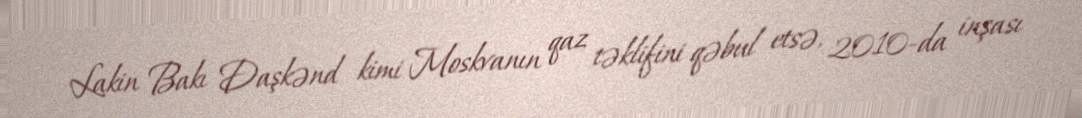
Lakin Bakı Daşkənd kimi Moskvanın qaz təklifini qəbul etsə, 2010-da inşası